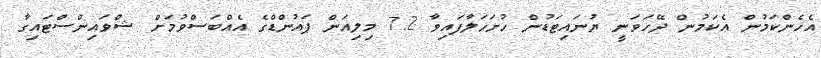
އެހެންކަމުން އެކަމުން ދޭހަވަނީ ޔުނައިޓަޑުން ހުށަހަލާފައިވާ 7.2 މިލިއަން ޕައުންޑްގެ އެއްބަސްވުމަށް ޝްވައިންސްޓައިގާ